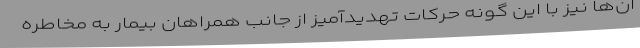
آن‌ها نیز با این گونه حرکات تهدیدآمیز از جانب همراهان بیمار به مخاطره